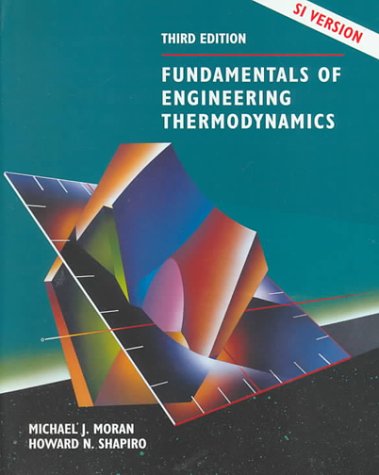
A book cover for Fundamentals of Engineering Thermodynamics, SI Version; Michael J. Moran; Science & Math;